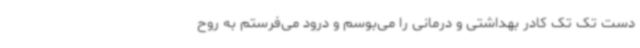
دست تک تک کادر بهداشتی و درمانی را می‌بوسم و درود می‌فرستم به روح